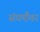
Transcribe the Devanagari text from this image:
संघर्षांवर